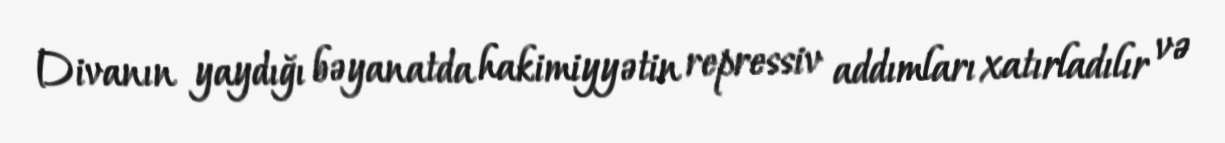
Divanın yaydığı bəyanatda hakimiyyətin repressiv addımları xatırladılır və